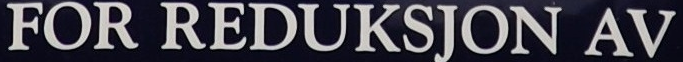
FOR REDUKSJON AV